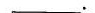
___ (3个_).